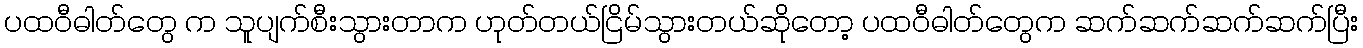
ပထဝီဓါတ်တွေ က သူပျက်စီးသွားတာက ဟုတ်တယ်ငြိမ်သွားတယ်ဆိုတော့ ပထဝီဓါတ်တွေက ဆက်ဆက်ဆက်ဆက်ပြီး